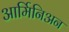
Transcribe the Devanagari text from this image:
आर्मिनिअन